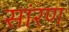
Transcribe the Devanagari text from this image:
सांरण